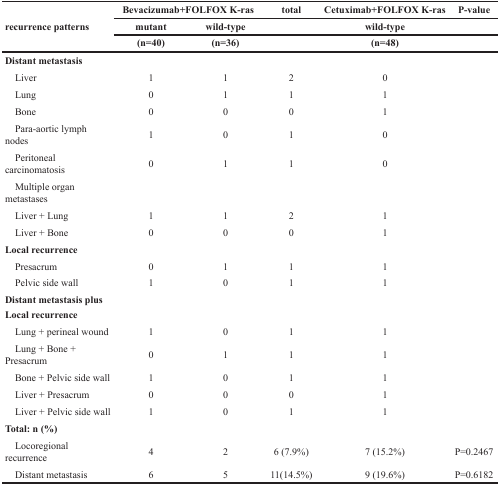
<table><thead><tr><td rowspan="3"><b>recurrence patterns</b></td><td colspan="2"><b>Bevacizumab+FOLFOX K-ras</b></td><td><b>total</b></td><td><b>Cetuximab+FOLFOX K-ras</b></td><td><b>P-value</b></td></tr><tr><td><b>mutant</b></td><td><b>wild-type</b></td><td></td><td><b>wild-type</b></td><td></td></tr><tr><td><b>(n=40)</b></td><td><b>(n=36)</b></td><td></td><td><b>(n=48)</b></td><td></td></tr></thead><tbody><tr><td><b>Distant metastasis</b></td><td></td><td></td><td></td><td></td><td></td></tr><tr><td> Liver</td><td>1</td><td>1</td><td>2</td><td>0</td><td></td></tr><tr><td> Lung</td><td>0</td><td>1</td><td>1</td><td>1</td><td></td></tr><tr><td> Bone</td><td>0</td><td>0</td><td>0</td><td>1</td><td></td></tr><tr><td> Para-aortic lymph nodes</td><td>1</td><td>0</td><td>1</td><td>0</td><td></td></tr><tr><td> Peritoneal carcinomatosis</td><td>0</td><td>1</td><td>1</td><td>0</td><td></td></tr><tr><td> Multiple organ metastases</td><td></td><td></td><td></td><td></td><td></td></tr><tr><td> Liver + Lung</td><td>1</td><td>1</td><td>2</td><td>1</td><td></td></tr><tr><td> Liver + Bone</td><td>0</td><td>0</td><td>0</td><td>1</td><td></td></tr><tr><td><b>Local recurrence</b></td><td></td><td></td><td></td><td></td><td></td></tr><tr><td> Presacrum</td><td>0</td><td>1</td><td>1</td><td>1</td><td></td></tr><tr><td> Pelvic side wall</td><td>1</td><td>0</td><td>1</td><td>1</td><td></td></tr><tr><td><b>Distant metastasis plusLocal recurrence</b></td><td></td><td></td><td></td><td></td><td></td></tr><tr><td> Lung + perineal wound</td><td>1</td><td>0</td><td>1</td><td>1</td><td></td></tr><tr><td> Lung + Bone + Presacrum</td><td>0</td><td>1</td><td>1</td><td>1</td><td></td></tr><tr><td> Bone + Pelvic side wall</td><td>1</td><td>0</td><td>1</td><td>1</td><td></td></tr><tr><td> Liver + Presacrum</td><td>0</td><td>0</td><td>0</td><td>1</td><td></td></tr><tr><td> Liver + Pelvic side wall</td><td>1</td><td>0</td><td>1</td><td>1</td><td></td></tr><tr><td><b>Total: n (%)</b></td><td></td><td></td><td></td><td></td><td></td></tr><tr><td> Locoregional recurrence</td><td>4</td><td>2</td><td>6 (7.9%)</td><td>7 (15.2%)</td><td>P=0.2467</td></tr><tr><td> Distant metastasis</td><td>6</td><td>5</td><td>11(14.5%)</td><td>9 (19.6%)</td><td>P=0.6182</td></tr></tbody></table>